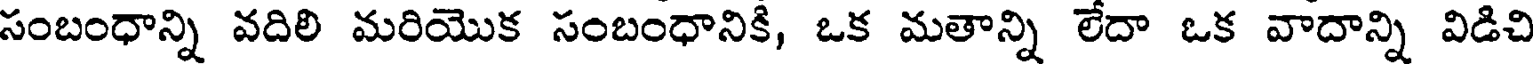
సంబంధాన్ని వదిలి మరియొక సంబంధానికి, ఒక మతాన్ని లేదా ఒక వాదాన్ని విడిచి